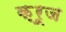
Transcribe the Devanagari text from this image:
क़्रूज